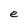
Character: e